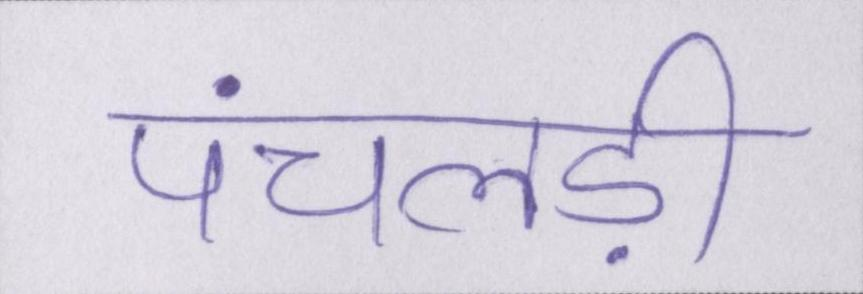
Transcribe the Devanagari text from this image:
पंचलड़ी